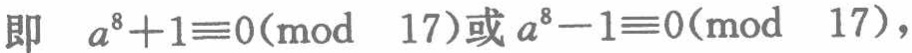
即 \(a^{8}+1\equiv0(\bmod\ 17)\)或\(a^{8}-1\equiv0(\bmod\ 17)\)，